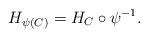
LaTeX: \begin{align*}H_{\psi(C)} = H_C \circ \psi^{-1}.\end{align*}